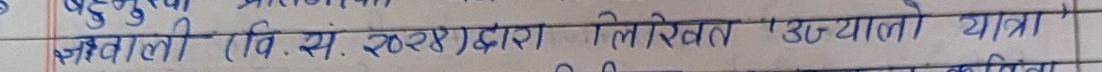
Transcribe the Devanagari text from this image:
जङ्गबहादुरी (वि. सं. २०२४) द्वारा लिखित "उज्यालो यात्रा"